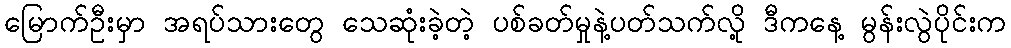
မြောက်ဦးမှာ အရပ်သားတွေ သေဆုံးခဲ့တဲ့ ပစ်ခတ်မှုနဲ့ပတ်သက်လို့ ဒီကနေ့ မွန်းလွဲပိုင်းက